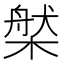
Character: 𣗆